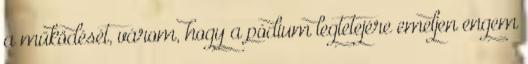
a működését, várom, hogy a pódium legtetejére emeljen engem